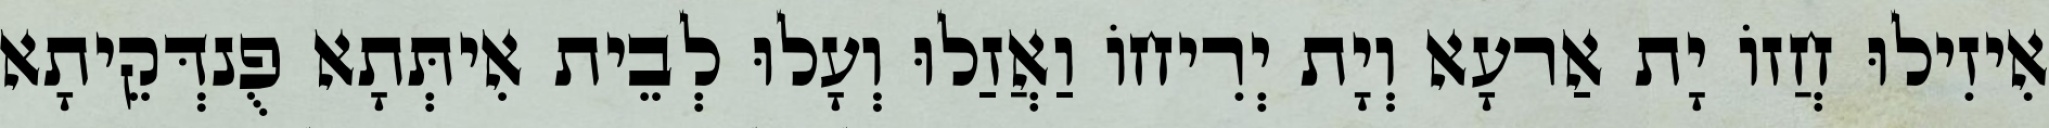
אִיזִילוּ חֲזוֹ יָת אַרעָא וְיָת יְרִיחוֹ וַאֲזַלוּ וְעָלוּ לְבֵית אִיתְּתָא פֻנדְּקֵיתָא